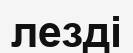
лезді